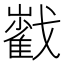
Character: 𡾃